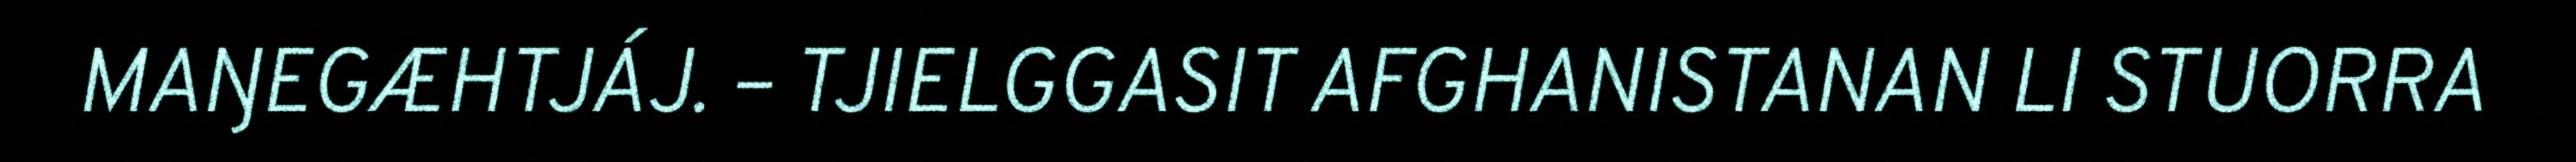
MAŊEGÆHTJÁJ. – TJIELGGASIT AFGHANISTANAN LI STUORRA